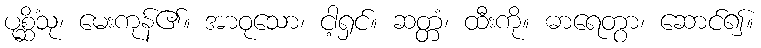
ပုစ္ဆိံသု၊ မေးကုန်၏။ အာဝုသော၊ ငါ့ရှင်။ ဆတ္တံ၊ ထီးကို။ ဓာရေတွာ၊ ဆောင်၍။